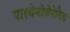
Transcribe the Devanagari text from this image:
पारथेनोजेनेसिस